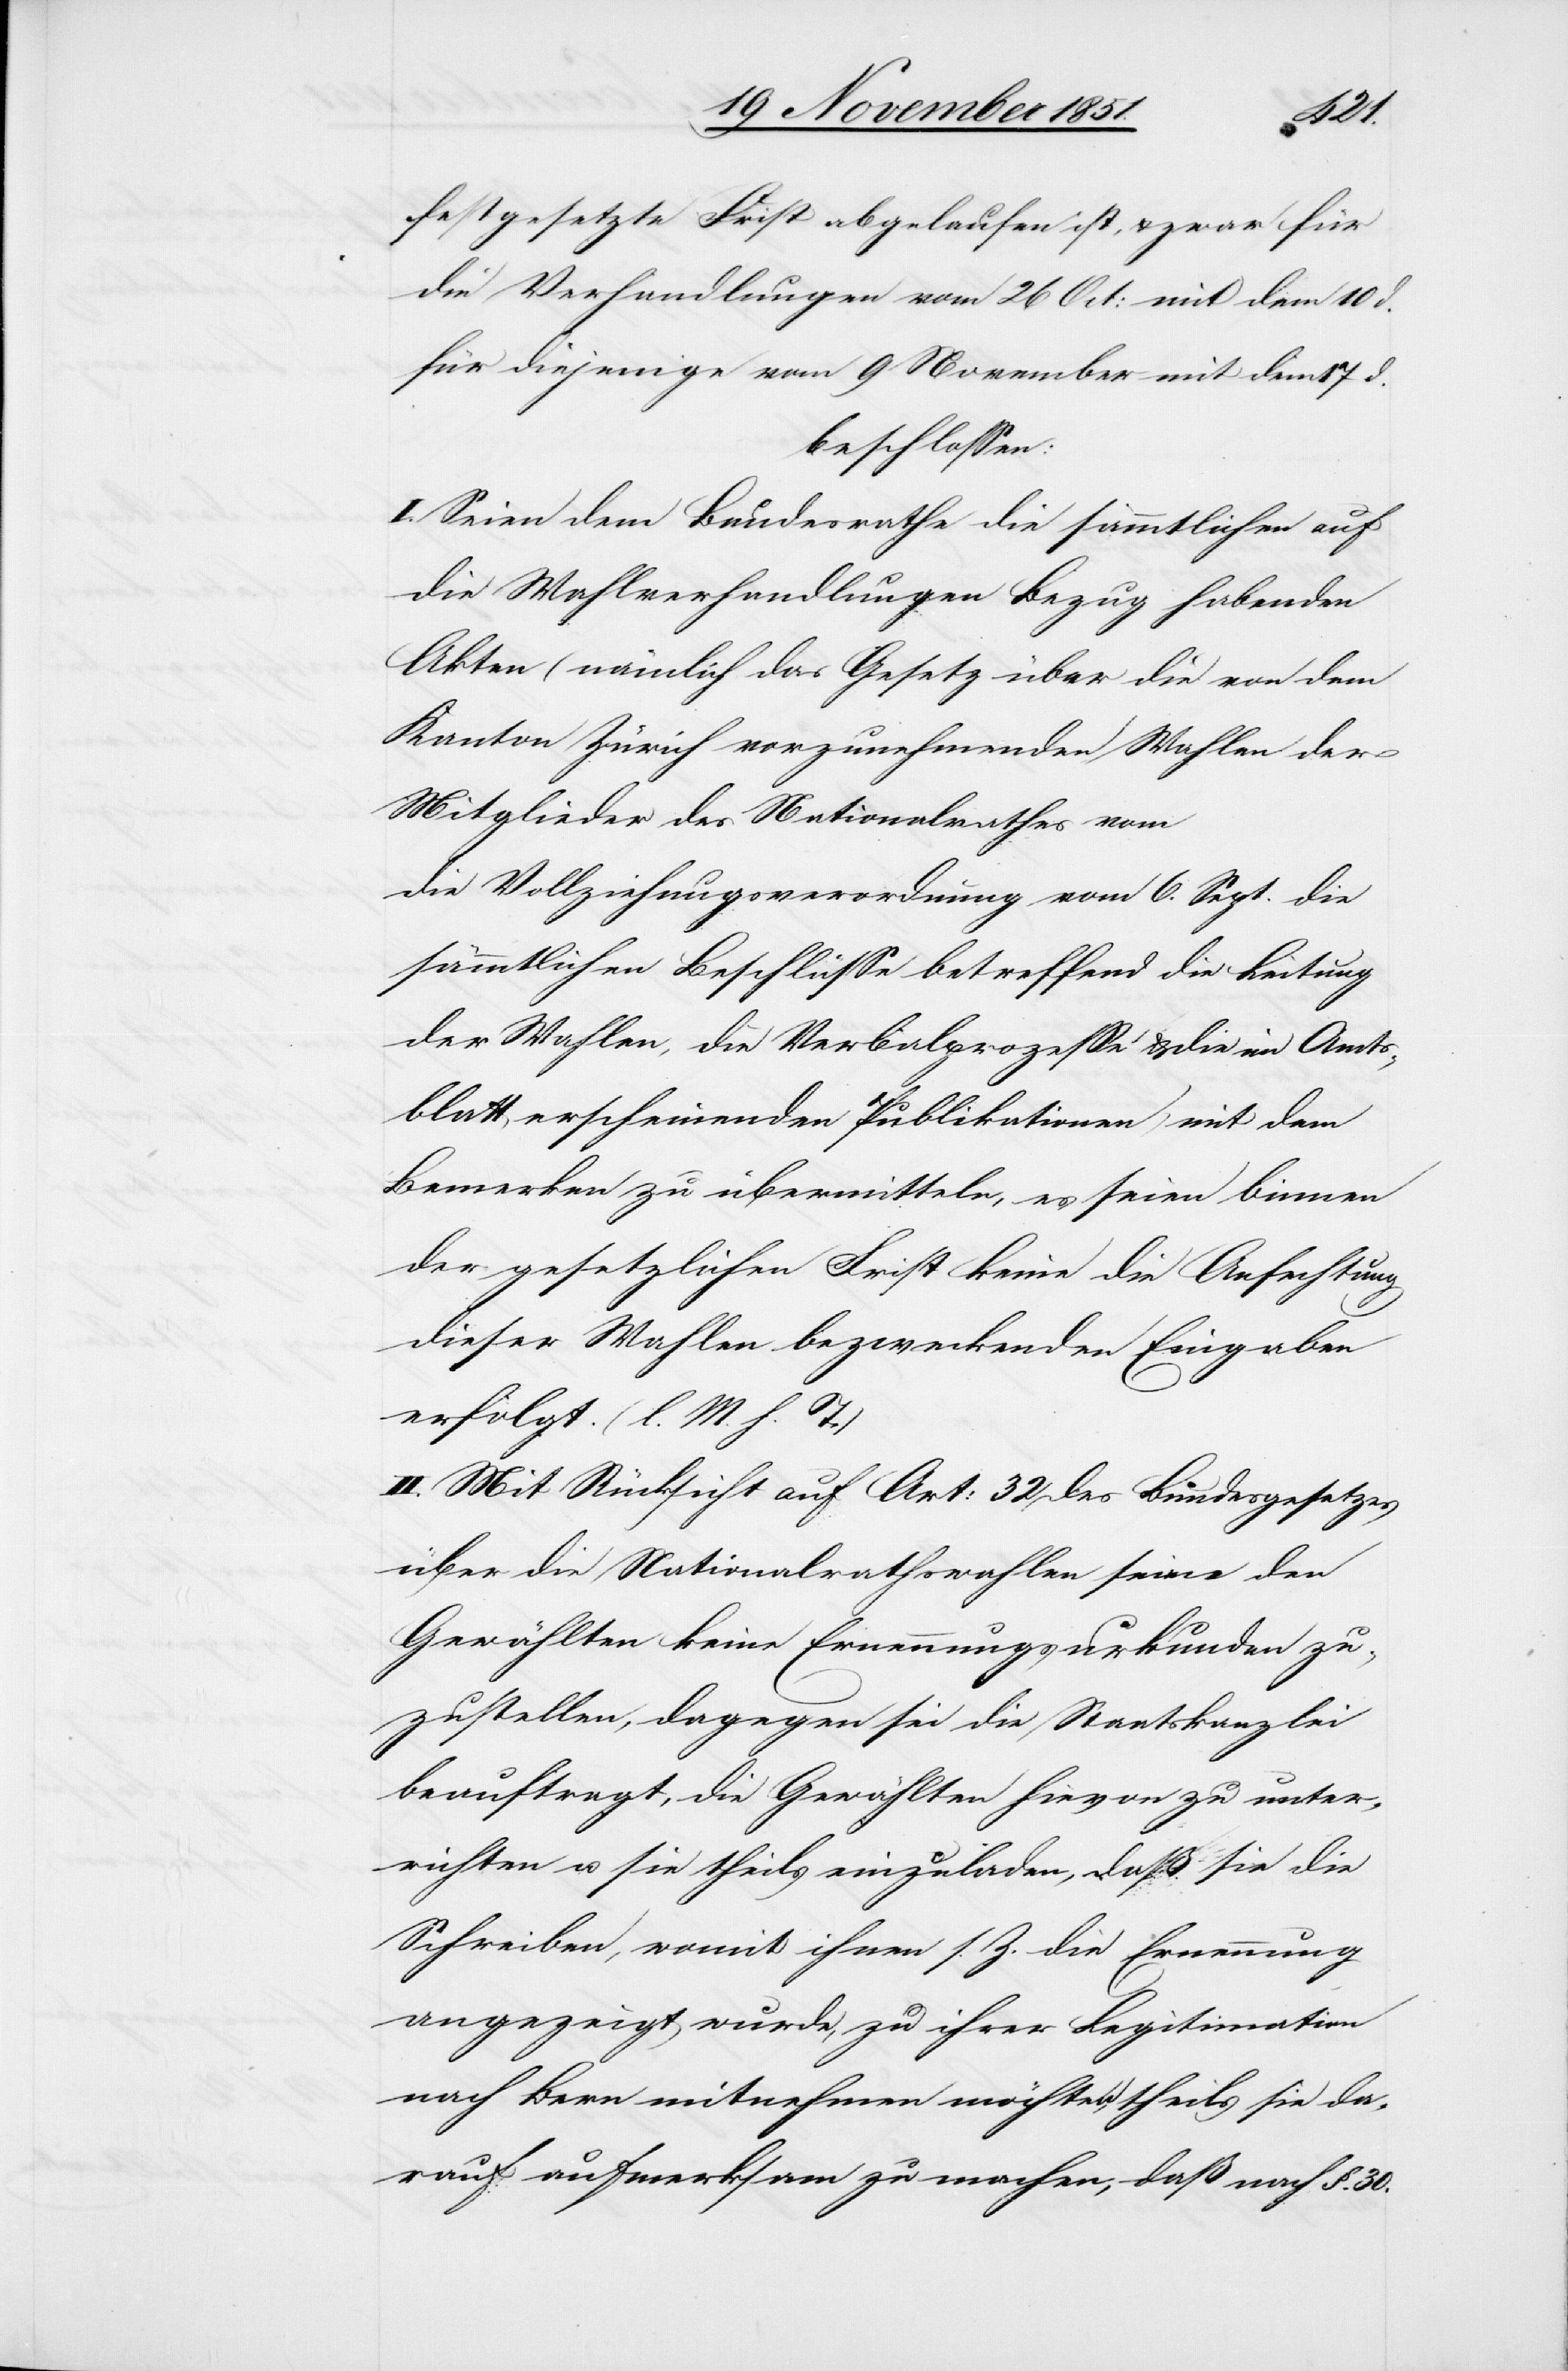
festgesetzte Frist abgelaufen ist, & zwar für
die Verhandlungen vom 26 Oct: mit dem 10 d.
für diejenige vom 9 November mit dem 17 d.
beschlossen:
I. Seien dem Bundesrathe die sämmtlichen auf
die Wahlverhandlungen Bezug habenden
Akten (nämlich das Gesetz über die von dem
Kanton Zürich vorzunehmenden Wahlen der
Mitglieder des Nationalrathes vom
die Vollziehungsverordnung vom 6. Sept.[,] die
sämmtlichen Beschlüsse betreffend die Leitung
der Wahlen, die Verbalprozesse & die im Amts¬
blatt erscheinenden Publikationen) mit dem
Bemerken zu übermitteln, es seien binnen
der gesetzlichen Frist keine die Anfechtung
dieser Wahlen bezweckenden Eingaben
erfolgt. (l. M. h. T.)
II. Mit Rücksicht auf Art: 32 des Bundesgesetzes
über die Nationalrathswahlen seien den
Gewählten keine Ernennungsurkunden zu¬
zustellen, dagegen sei die Staatskanzlei
beauftragt, die Gewählten hievon zu unter¬
richten u. sie theils einzuladen, daß sie die
Schreiben, womit ihnen s. Z. die Ernennung
angezeigt wurde, zu ihrer Legitimation
nach Bern mitnehmen möchten, theils sie da¬
rauf aufmerksam zu machen, daß nach §. 30.